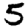
Digit: 5